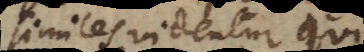
similes videntur qu